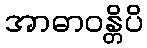
အာဓာဝန္တိပိ